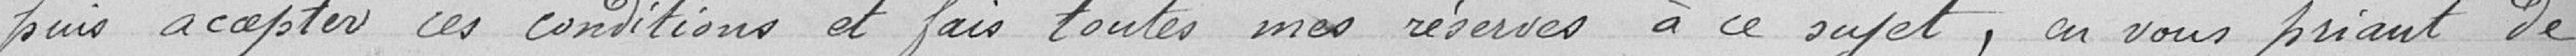
pus accepter ces conditions et fais toutes mes réserves à ce sujet, en vous priant de